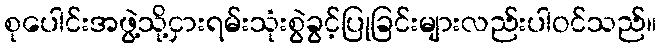
စုပေါင်းအဖွဲ့သို့ငှားရမ်းသုံးစွဲခွင့်ပြုခြင်းများလည်းပါဝင်သည်။